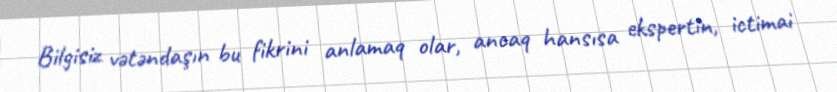
Bilgisiz vətəndaşın bu fikrini anlamaq olar, ancaq hansısa ekspertin, ictimai